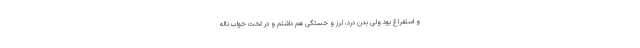
و استفراغ بود ولی بدن درد، لرز و خستگی هم داشتم و در تخت خواب ناله